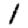
Digit: 1